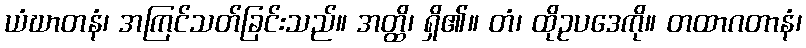
ယံဃာတနံ၊ အကြင်သတ်ခြင်းသည်။ အတ္ထိ၊ ရှိ၏။ တံ၊ ထိုဥပဒေကို။ တထာဂတာနံ၊